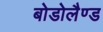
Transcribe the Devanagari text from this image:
बोडोलैण्ड